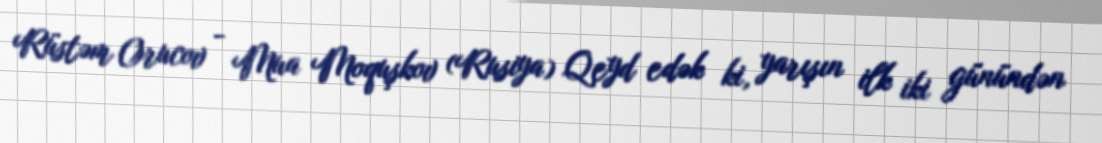
Rüstəm Orucov - Mua Moquşkov (Rusiya) Qeyd edək ki, yarışın ilk iki günündən